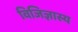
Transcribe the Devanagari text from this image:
विजिज्ञास्य